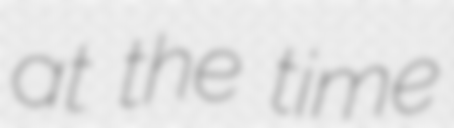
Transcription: at the time